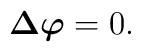
\mbox{\boldmath $\Delta$}\mbox{\boldmath $\varphi$} = 0.